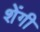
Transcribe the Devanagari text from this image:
शेंगी